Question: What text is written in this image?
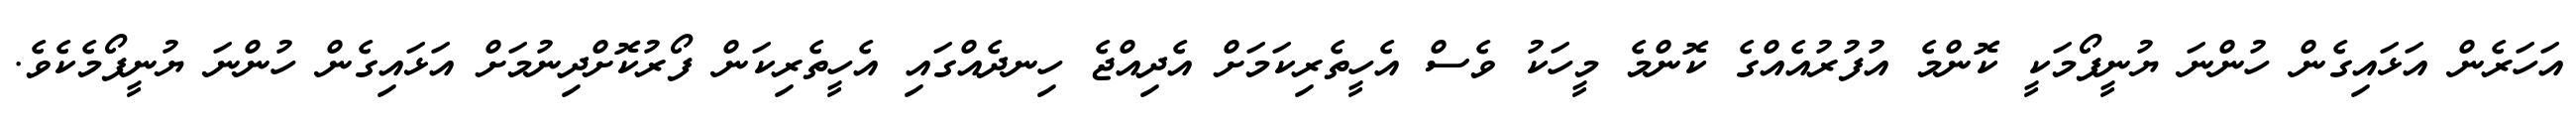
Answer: އަހަރެން އަޅައިގެން ހުންނަ ޔުނީފޯމަކީ ކޮންމެ އުފުރުއެއްގެ ކޮންމެ މީހަކު ވެސް އެހީތެރިކަމަށް އެދިއްޖެ ހިނދެއްގައި އެހީތެރިކަން ފޯރުކޮށްދިނުމަށް އަޅައިގެން ހުންނަ ޔުނީފޯމެކެވެ.